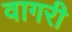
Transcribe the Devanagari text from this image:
वागरी